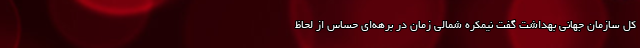
کل سازمان جهانی بهداشت گفت نیمکره شمالی زمان در برهه‌ای حساس از لحاظ